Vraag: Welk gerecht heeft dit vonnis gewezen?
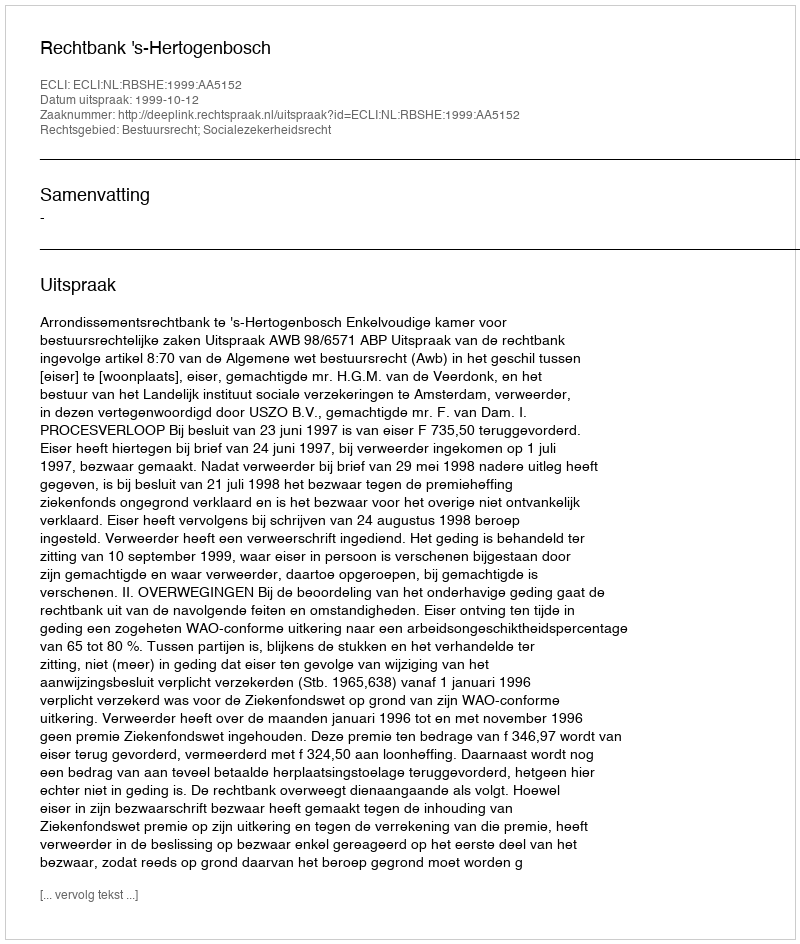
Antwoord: Rechtbank 's-Hertogenbosch